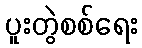
ပူးတွဲစစ်ရေး